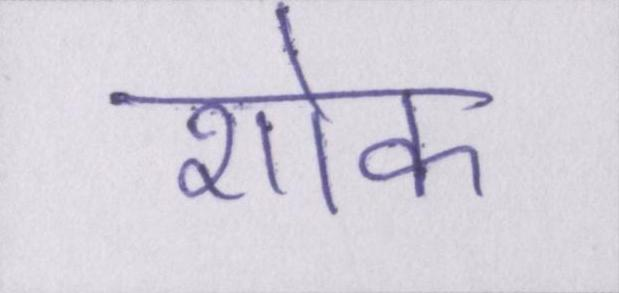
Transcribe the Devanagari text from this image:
शोक